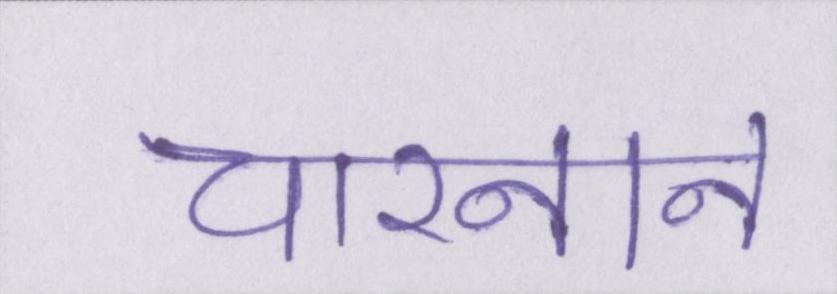
चारनान